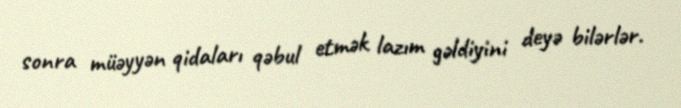
sonra müəyyən qidaları qəbul etmək lazım gəldiyini deyə bilərlər.